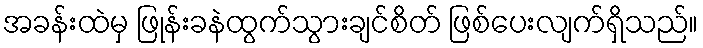
အခန်းထဲမှ ဖြုန်းခနဲထွက်သွားချင်စိတ် ဖြစ်ပေးလျက်ရှိသည်။